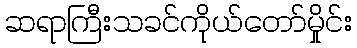
ဆရာကြီးသခင်ကိုယ်တော်မှိုင်း